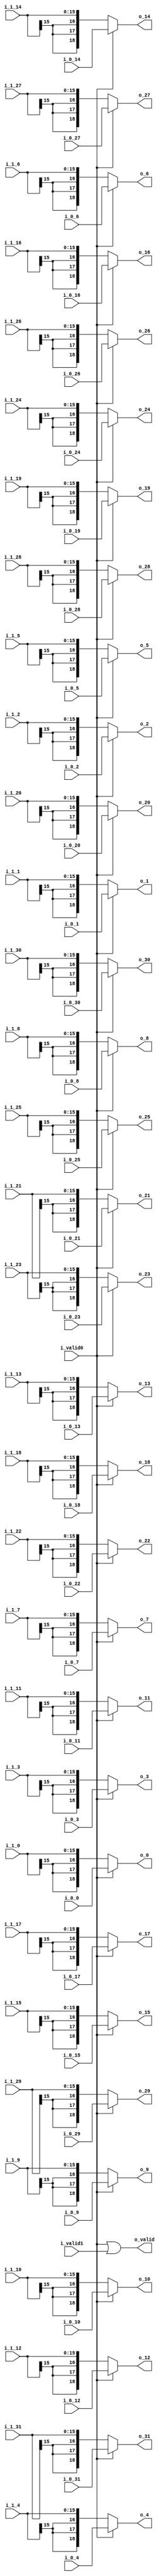
//company       : xm tech
//project name  : H265i
//top module    : dct_top_2d.v
//data          : 2018.01.25
//delay         : 0 clk 
//describe      :
//modification  :
//v1.0          :
module mux_1(
          i_valid0  ,//ctl3 in
          i_0_0     ,
          i_0_1     ,
          i_0_2     ,
          i_0_3     ,
          i_0_4     ,
          i_0_5     ,
          i_0_6     ,
          i_0_7     ,
          i_0_8     ,
          i_0_9     ,
          i_0_10    ,
          i_0_11    ,
          i_0_12    ,
          i_0_13    ,
          i_0_14    ,
          i_0_15    ,
          i_0_16    ,
          i_0_17    ,
          i_0_18    ,
          i_0_19    ,
          i_0_20    ,
          i_0_21    ,
          i_0_22    ,
          i_0_23    ,
          i_0_24    ,
          i_0_25    ,
          i_0_26    ,
          i_0_27    ,
          i_0_28    ,
          i_0_29    ,
          i_0_30    ,
          i_0_31    ,
          
          i_valid1  ,//pe' in
          i_1_0     ,
          i_1_1     ,
          i_1_2     ,
          i_1_3     ,
          i_1_4     ,
          i_1_5     ,
          i_1_6     ,
          i_1_7     ,
          i_1_8     ,
          i_1_9     ,
          i_1_10    ,
          i_1_11    ,
          i_1_12    ,
          i_1_13    ,
          i_1_14    ,
          i_1_15    ,
          i_1_16    ,
          i_1_17    ,
          i_1_18    ,
          i_1_19    ,
          i_1_20    ,
          i_1_21    ,
          i_1_22    ,
          i_1_23    ,
          i_1_24    ,
          i_1_25    ,
          i_1_26    ,
          i_1_27    ,
          i_1_28    ,
          i_1_29    ,
          i_1_30    ,
          i_1_31    ,
           
//----------------------------------//
          o_valid ,
          o_0     ,
          o_1     ,
          o_2     ,
          o_3     ,
          o_4     ,
          o_5     ,
          o_6     ,
          o_7     ,
          o_8     ,
          o_9     ,
          o_10    ,
          o_11    ,
          o_12    ,
          o_13    ,
          o_14    ,
          o_15    ,
          o_16    ,
          o_17    ,
          o_18    ,
          o_19    ,
          o_20    ,
          o_21    ,
          o_22    ,
          o_23    ,
          o_24    ,
          o_25    ,
          o_26    ,
          o_27    ,
          o_28    ,
          o_29    ,
          o_30    ,
          o_31    
);

// ********************************************
//                                             
//    INPUT / OUTPUT DECLARATION                                               
//                                                                             
// ********************************************  

input                       i_valid0    ;//ctl3 in
input      [18:0]           i_0_0       ;//signed
input      [18:0]           i_0_1       ;//signed
input      [18:0]           i_0_2       ;//signed
input      [18:0]           i_0_3       ;//signed
input      [18:0]           i_0_4       ;//signed
input      [18:0]           i_0_5       ;//signed
input      [18:0]           i_0_6       ;//signed
input      [18:0]           i_0_7       ;//signed
input      [18:0]           i_0_8       ;//signed
input      [18:0]           i_0_9       ;//signed
input      [18:0]           i_0_10      ;//signed
input      [18:0]           i_0_11      ;//signed
input      [18:0]           i_0_12      ;//signed
input      [18:0]           i_0_13      ;//signed
input      [18:0]           i_0_14      ;//signed
input      [18:0]           i_0_15      ;//signed
input      [18:0]           i_0_16      ;//signed
input      [18:0]           i_0_17      ;//signed
input      [18:0]           i_0_18      ;//signed
input      [18:0]           i_0_19      ;//signed
input      [18:0]           i_0_20      ;//signed
input      [18:0]           i_0_21      ;//signed
input      [18:0]           i_0_22      ;//signed
input      [18:0]           i_0_23      ;//signed
input      [18:0]           i_0_24      ;//signed
input      [18:0]           i_0_25      ;//signed
input      [18:0]           i_0_26      ;//signed
input      [18:0]           i_0_27      ;//signed
input      [18:0]           i_0_28      ;//signed
input      [18:0]           i_0_29      ;//signed
input      [18:0]           i_0_30      ;//signed
input      [18:0]           i_0_31      ;//signed

input                       i_valid1    ;//pe' in
input      [15:0]           i_1_0       ;//signed
input      [15:0]           i_1_1       ;//signed
input      [15:0]           i_1_2       ;//signed
input      [15:0]           i_1_3       ;//signed
input      [15:0]           i_1_4       ;//signed
input      [15:0]           i_1_5       ;//signed
input      [15:0]           i_1_6       ;//signed
input      [15:0]           i_1_7       ;//signed
input      [15:0]           i_1_8       ;//signed
input      [15:0]           i_1_9       ;//signed
input      [15:0]           i_1_10      ;//signed
input      [15:0]           i_1_11      ;//signed
input      [15:0]           i_1_12      ;//signed
input      [15:0]           i_1_13      ;//signed
input      [15:0]           i_1_14      ;//signed
input      [15:0]           i_1_15      ;//signed
input      [15:0]           i_1_16      ;//signed
input      [15:0]           i_1_17      ;//signed
input      [15:0]           i_1_18      ;//signed
input      [15:0]           i_1_19      ;//signed
input      [15:0]           i_1_20      ;//signed
input      [15:0]           i_1_21      ;//signed
input      [15:0]           i_1_22      ;//signed
input      [15:0]           i_1_23      ;//signed
input      [15:0]           i_1_24      ;//signed
input      [15:0]           i_1_25      ;//signed
input      [15:0]           i_1_26      ;//signed
input      [15:0]           i_1_27      ;//signed
input      [15:0]           i_1_28      ;//signed
input      [15:0]           i_1_29      ;//signed
input      [15:0]           i_1_30      ;//signed
input      [15:0]           i_1_31      ;//signed

output wire                     o_valid   ;
output wire    [18:0]           o_0       ;//signed
output wire    [18:0]           o_1       ;//signed
output wire    [18:0]           o_2       ;//signed
output wire    [18:0]           o_3       ;//signed
output wire    [18:0]           o_4       ;//signed
output wire    [18:0]           o_5       ;//signed
output wire    [18:0]           o_6       ;//signed
output wire    [18:0]           o_7       ;//signed
output wire    [18:0]           o_8       ;//signed
output wire    [18:0]           o_9       ;//signed
output wire    [18:0]           o_10      ;//signed
output wire    [18:0]           o_11      ;//signed
output wire    [18:0]           o_12      ;//signed
output wire    [18:0]           o_13      ;//signed
output wire    [18:0]           o_14      ;//signed
output wire    [18:0]           o_15      ;//signed
output wire    [18:0]           o_16      ;//signed
output wire    [18:0]           o_17      ;//signed
output wire    [18:0]           o_18      ;//signed
output wire    [18:0]           o_19      ;//signed
output wire    [18:0]           o_20      ;//signed
output wire    [18:0]           o_21      ;//signed
output wire    [18:0]           o_22      ;//signed
output wire    [18:0]           o_23      ;//signed
output wire    [18:0]           o_24      ;//signed
output wire    [18:0]           o_25      ;//signed
output wire    [18:0]           o_26      ;//signed
output wire    [18:0]           o_27      ;//signed
output wire    [18:0]           o_28      ;//signed
output wire    [18:0]           o_29      ;//signed
output wire    [18:0]           o_30      ;//signed
output wire    [18:0]           o_31      ;//signed

assign o_valid = i_valid0 || i_valid1 ;
assign o_0  = i_valid0 ? i_0_0   : {{3{i_1_0[15]}},i_1_0}   ;
assign o_1  = i_valid0 ? i_0_1   : {{3{i_1_1[15]}},i_1_1}   ;
assign o_2  = i_valid0 ? i_0_2   : {{3{i_1_2[15]}},i_1_2}   ;
assign o_3  = i_valid0 ? i_0_3   : {{3{i_1_3[15]}},i_1_3}   ;
assign o_4  = i_valid0 ? i_0_4   : {{3{i_1_4[15]}},i_1_4}   ;
assign o_5  = i_valid0 ? i_0_5   : {{3{i_1_5[15]}},i_1_5}   ;
assign o_6  = i_valid0 ? i_0_6   : {{3{i_1_6[15]}},i_1_6}   ;
assign o_7  = i_valid0 ? i_0_7   : {{3{i_1_7[15]}},i_1_7}   ;
assign o_8  = i_valid0 ? i_0_8   : {{3{i_1_8[15]}},i_1_8}   ;
assign o_9  = i_valid0 ? i_0_9   : {{3{i_1_9[15]}},i_1_9}   ;
assign o_10 = i_valid0 ? i_0_10  : {{3{i_1_10[15]}},i_1_10} ;
assign o_11 = i_valid0 ? i_0_11  : {{3{i_1_11[15]}},i_1_11} ;
assign o_12 = i_valid0 ? i_0_12  : {{3{i_1_12[15]}},i_1_12} ;
assign o_13 = i_valid0 ? i_0_13  : {{3{i_1_13[15]}},i_1_13} ;
assign o_14 = i_valid0 ? i_0_14  : {{3{i_1_14[15]}},i_1_14} ;
assign o_15 = i_valid0 ? i_0_15  : {{3{i_1_15[15]}},i_1_15} ;
assign o_16 = i_valid0 ? i_0_16  : {{3{i_1_16[15]}},i_1_16} ;
assign o_17 = i_valid0 ? i_0_17  : {{3{i_1_17[15]}},i_1_17} ;
assign o_18 = i_valid0 ? i_0_18  : {{3{i_1_18[15]}},i_1_18} ;
assign o_19 = i_valid0 ? i_0_19  : {{3{i_1_19[15]}},i_1_19} ;
assign o_20 = i_valid0 ? i_0_20  : {{3{i_1_20[15]}},i_1_20} ;
assign o_21 = i_valid0 ? i_0_21  : {{3{i_1_21[15]}},i_1_21} ;
assign o_22 = i_valid0 ? i_0_22  : {{3{i_1_22[15]}},i_1_22} ;
assign o_23 = i_valid0 ? i_0_23  : {{3{i_1_23[15]}},i_1_23} ;
assign o_24 = i_valid0 ? i_0_24  : {{3{i_1_24[15]}},i_1_24} ;
assign o_25 = i_valid0 ? i_0_25  : {{3{i_1_25[15]}},i_1_25} ;
assign o_26 = i_valid0 ? i_0_26  : {{3{i_1_26[15]}},i_1_26} ;
assign o_27 = i_valid0 ? i_0_27  : {{3{i_1_27[15]}},i_1_27} ;
assign o_28 = i_valid0 ? i_0_28  : {{3{i_1_28[15]}},i_1_28} ;
assign o_29 = i_valid0 ? i_0_29  : {{3{i_1_29[15]}},i_1_29} ;
assign o_30 = i_valid0 ? i_0_30  : {{3{i_1_30[15]}},i_1_30} ;
assign o_31 = i_valid0 ? i_0_31  : {{3{i_1_31[15]}},i_1_31} ;

endmodule